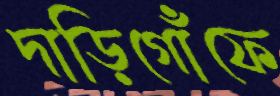
দাড়িগোঁফে